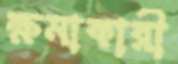
ক্ষমাকারী